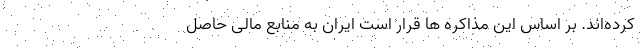
کرده‌اند. بر اساس این مذاکره ها قرار است ایران به منابع مالی حاصل